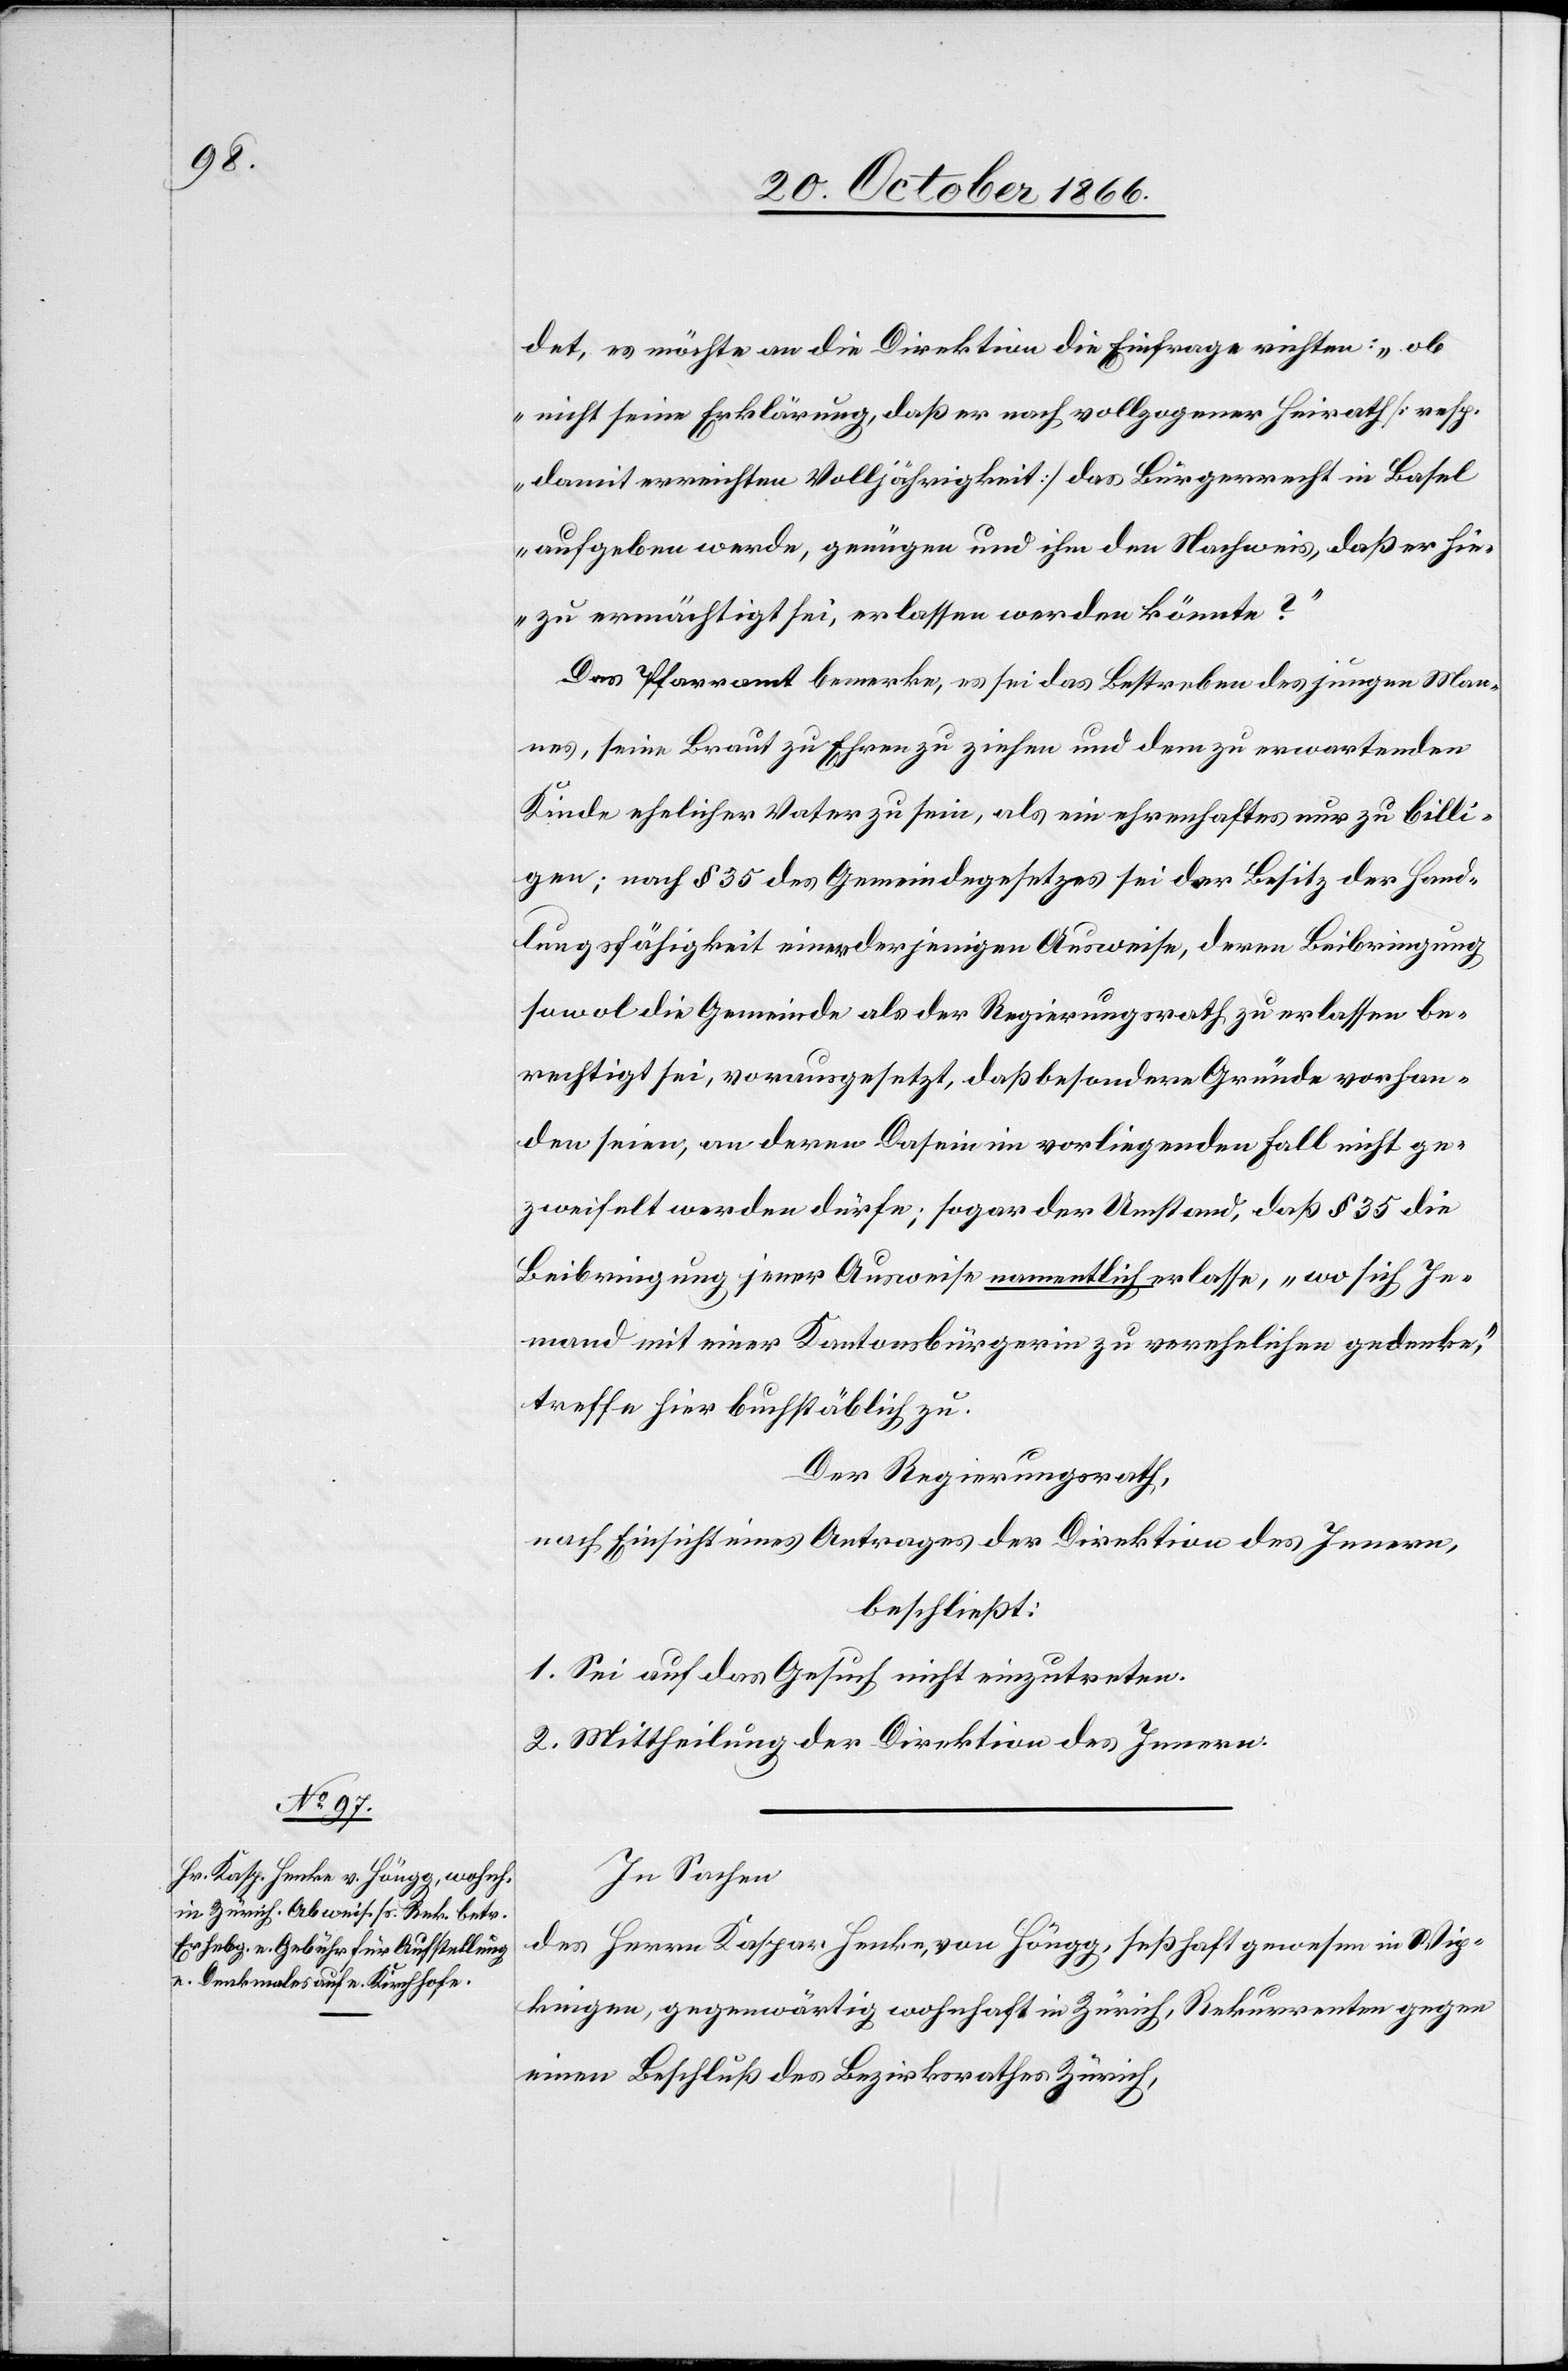
det, es möchte an die Direktion die Einfrage richten: „ob
nicht seine Erklärung, daß er nach vollzogener Heirath [resp.
damit erreichten Volljährigkeit] das Bürgerrecht in Basel
aufgeben werde, genügen und ihm den Nachweis, daß er hie¬
zu ermächtigt sei, erlassen werden könnte?“
Das Pfarramt bemerke, es sei das Bestreben des jungen Man¬
nes, seine Braut zu Ehren zu ziehen und dem zu erwartenden
Kinde ehelicher Vater zu sein, als ein ehrenhaftes nur zu billi¬
gen; nach § 35 des Gemeindegesetzes sei der Besitz der Hand¬
lungsfähigkeit einer derjenigen Ausweise, deren Beibringung
sowol die Gemeinde als der Regierungsrath zu erlassen be¬
rechtigt sei, vorausgesetzt, daß besondere Gründe vorhan¬
den seien, an deren Dasein im vorliegenden Fall nicht ge¬
zweifelt werden dürfe; sogar der Umstand, daß § 35 die
Beibringung jener Ausweise namentlich erlasse, „wo sich Je¬
mand mit einer Kantonsbürgerin zu verehelichen gedenke“,
treffe hier buchstäblich zu.
Der Regierungsrath,
nach Einsicht eines Antrages der Direktion des Innern,
beschließt:
1. Sei auf das Gesuch nicht einzutreten.
2. Mittheilung der Direktion des Innern.
In Sachen
des Herrn Kaspar Henke, von Höngg, seßhaft gewesen in Wip¬
kingen, gegenwärtig wohnhaft in Zürich, Rekurrenten gegen
einen Beschluß des Bezirksrathes Zürich,